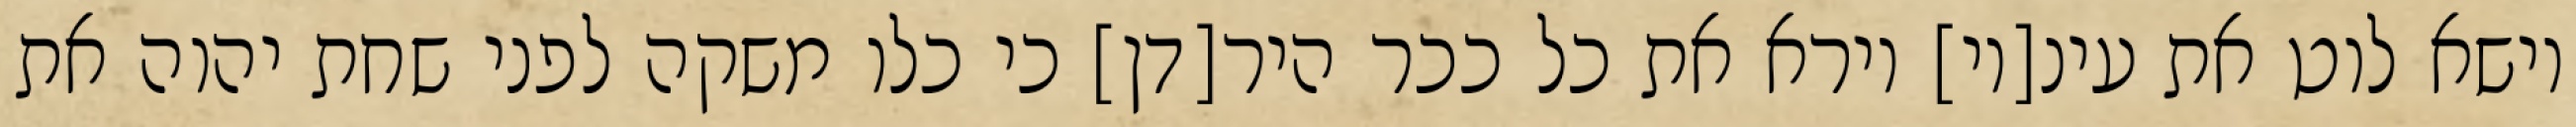
וישא לוט את עינ[יו] וירא את כל ככר היר[דן] כי כלו משקה לפני שחת יהוה את